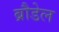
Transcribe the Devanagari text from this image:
ब्रौडेल